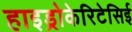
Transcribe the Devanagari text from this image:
हाइड्रोकेरिटेसिई